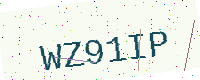
Text: WZ91IP